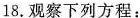
18.观察下列方程：